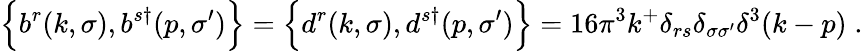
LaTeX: \Bigl\{ b^{r}(k,\sigma),b^{s\dagger}(p,\sigma^{\prime})\Bigr\} =\Bigl\{ d^{r}(k,\sigma),d^{s\dagger}(p,\sigma^{\prime})\Bigr\} =16\pi^{3}k^{+}\delta_{rs}\delta_{\sigma\sigma^{\prime}}\delta^{3}(k-p)\; .